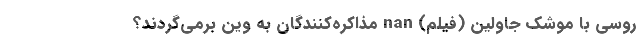
روسی با موشک جاولین (فیلم) nan مذاکره‌کنندگان به وین برمی‌گردند؟